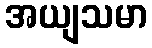
အယျသမာ